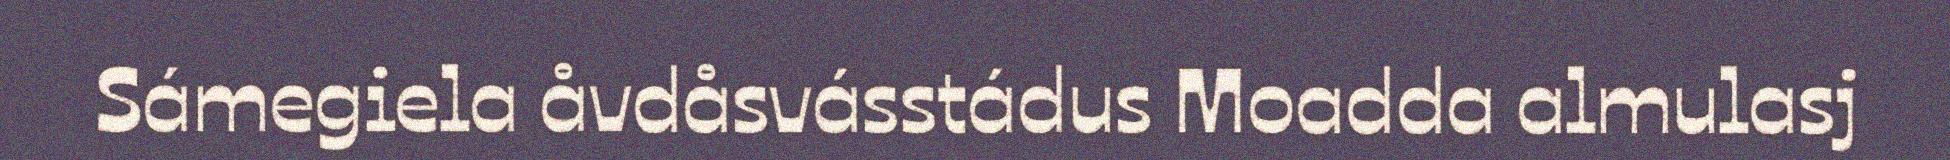
Sámegiela åvdåsvásstádus Moadda almulasj